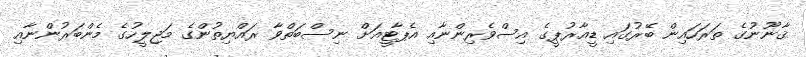
ޤާނޫނުގެ ތަރަހައިން ބޭރުގައި ޑީއާރުޕީގެ އިސްވެރިންނާއި އެޕާޓީއަށް ނިސްބަތްވާ ރައްޔިތުންގެ މަޖިލީހުގެ މެންބަރުންނާއި